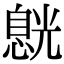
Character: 𠒸